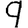
Digit: 9